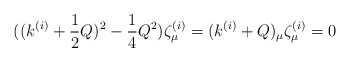
\begin{align*}((k^{(i)}+\frac{1}{2}Q)^2-\frac{1}{4}Q^2)\zeta ^{(i)}_{\mu}=(k^{(i)}+Q)_{\mu}\zeta ^{(i)}_{\mu}=0\end{align*}